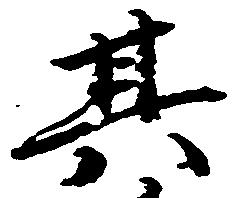
其